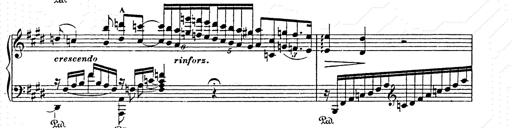
Title: AnnÃ©es de pÃ¨lerinage II
Composer: Franz Liszt